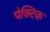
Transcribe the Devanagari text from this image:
पेक्टिक